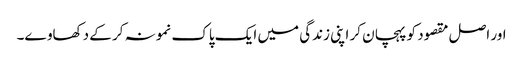
اور اصل مقصود کو پہچان کر اپنی زندگی میں ایک پاک نمونہ کر کے دکھاوے۔